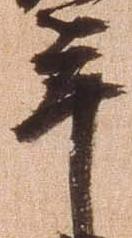
年